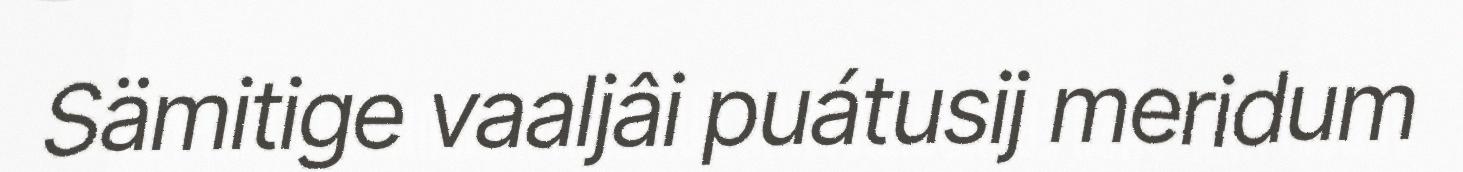
Sämitige vaaljâi puátusij meridum